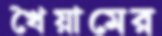
খৈয়ামের